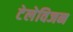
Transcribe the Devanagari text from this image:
टेलेविजन